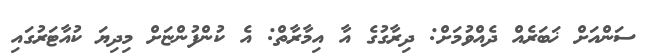
ސަންއަށް ޚަބަރެއް ދެއްވުމަށް: ދިރާގުގެ އާ އިމާރާތް: އެ ކުންފުންޏަށް މިދިޔަ ކުއާޓަރުގައި